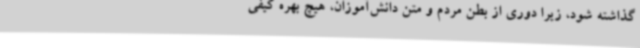
گذاشته شود، زیرا دوری از بطن مردم و متن دانش‌آموزان، هیچ بهره کیفی